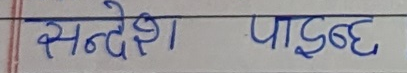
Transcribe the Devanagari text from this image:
सन्देश पाडुबे